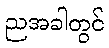
ညအခါတွင်